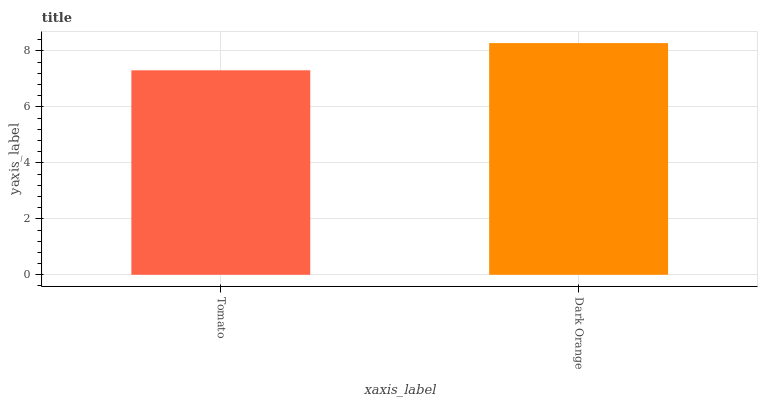
| xaxis_label | bars |
 | --- | --- |
 | Tomato | 7.31 |
 | Dark Orange | 8.28 |